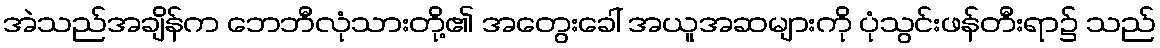
အဲသည်အချိန်က ဘေဘီလုံသားတို့၏ အတွေးခေါ် အယူအဆများကို ပုံသွင်းဖန်တီးရာ၌ သည်